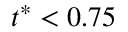
t ^ { * } < 0 . 7 5